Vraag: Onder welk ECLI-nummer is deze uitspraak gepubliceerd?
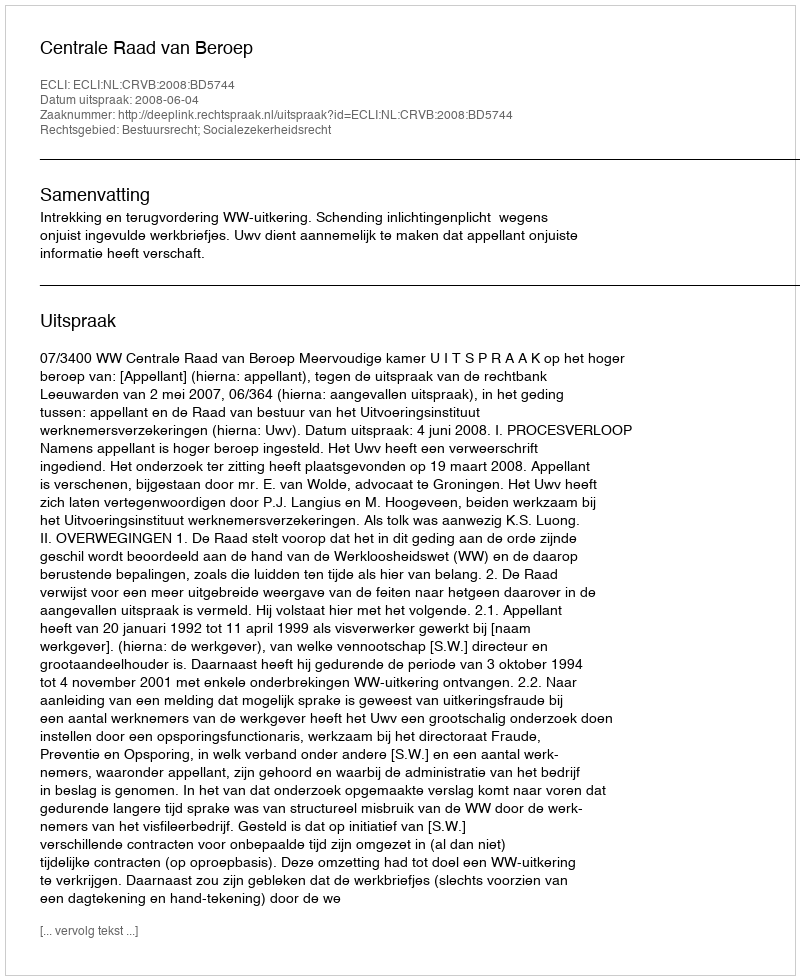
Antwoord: ECLI:NL:CRVB:2008:BD5744